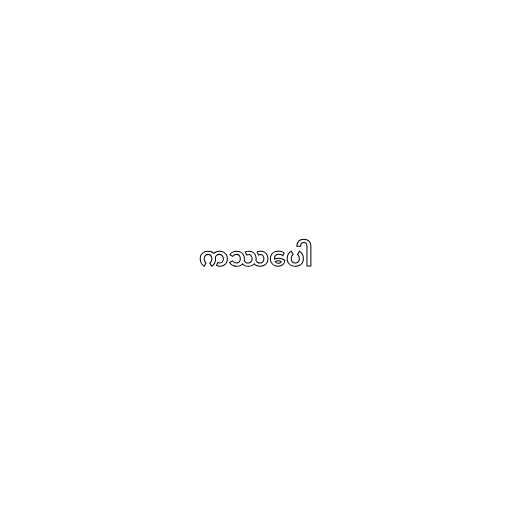
ကဿပေါ